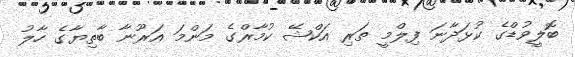
ބޮލީވުޑްގެ ކުޅަދާނަ ފިލްމީ ތަރި އަކްޝޭ ކުމާރްގެ މަންމަ އަރޫނާ ބާތިޔާގެ ހާލު